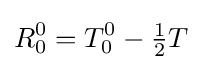
R_{0}^{0}=T_{0}^{0}-{\tfrac {1}{2}}T